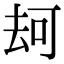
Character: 𠳌